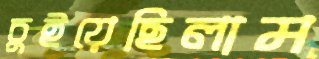
চুইয়েছিলাম